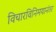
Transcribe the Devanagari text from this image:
विचारविनिमयानंतर